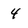
Character: 4